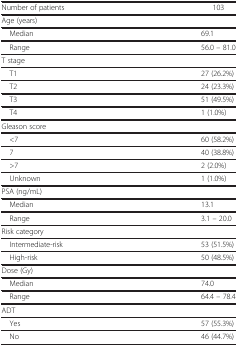
<table><thead><tr><td><b>Number of patients</b></td><td><b>103</b></td></tr></thead><tbody><tr><td>Age (years)</td><td> </td></tr><tr><td> Median</td><td>69.1</td></tr><tr><td> Range</td><td>56.0 – 81.0</td></tr><tr><td>T stage</td><td> </td></tr><tr><td> T1</td><td>27 (26.2%)</td></tr><tr><td> T2</td><td>24 (23.3%)</td></tr><tr><td> T3</td><td>51 (49.5%)</td></tr><tr><td> T4</td><td>1 (1.0%)</td></tr><tr><td>Gleason score</td><td> </td></tr><tr><td> &lt;7</td><td>60 (58.2%)</td></tr><tr><td> 7</td><td>40 (38.8%)</td></tr><tr><td> &gt;7</td><td>2 (2.0%)</td></tr><tr><td> Unknown</td><td>1 (1.0%)</td></tr><tr><td>PSA (ng/mL)</td><td> </td></tr><tr><td> Median</td><td>13.1</td></tr><tr><td> Range</td><td>3.1 – 20.0</td></tr><tr><td>Risk category</td><td> </td></tr><tr><td> Intermediate-risk</td><td>53 (51.5%)</td></tr><tr><td> High-risk</td><td>50 (48.5%)</td></tr><tr><td>Dose (Gy)</td><td> </td></tr><tr><td> Median</td><td>74.0</td></tr><tr><td> Range</td><td>64.4 – 78.4</td></tr><tr><td>ADT</td><td> </td></tr><tr><td> Yes</td><td>57 (55.3%)</td></tr><tr><td> No</td><td>46 (44.7%)</td></tr></tbody></table>